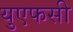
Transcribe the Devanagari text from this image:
युएफसी